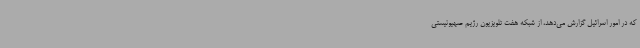
که در امور اسرائیل گزارش می‌دهد، از شبکه هفت تلویزیون رژیم صهیونیستی